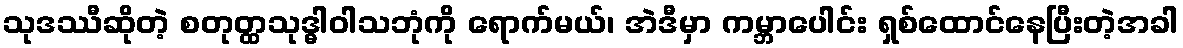
သုဒဿီဆိုတဲ့ စတုတ္ထသုဒ္ဓါဝါသဘုံကို ရောက်မယ်၊ အဲဒီမှာ ကမ္ဘာပေါင်း ရှစ်ထောင်နေပြီးတဲ့အခါ